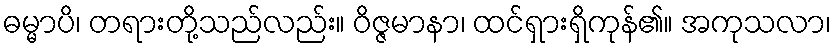
ဓမ္မာပိ၊ တရားတို့သည်လည်း။ ဝိဇ္ဇမာနာ၊ ထင်ရှားရှိကုန်၏။ အကုသလာ၊